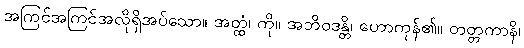
အကြင်အကြင်အလိုရှိအပ်သော။ အတ္ထံ၊ ကို။ အဘိဝဒန္တိ၊ ဟောကုန်၏။ တတ္တကာနိ၊